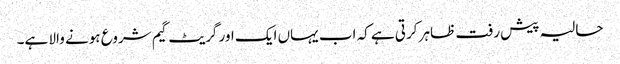
حالیہ پیش رفت ظاہر کرتی ہے کہ اب یہاں ایک اور گریٹ گیم شروع ہونے والا ہے۔